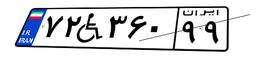
۷۲W۳۶۰۹۹